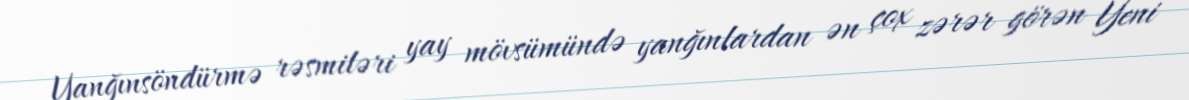
Yanğınsöndürmə rəsmiləri yay mövsümündə yanğınlardan ən çox zərər görən Yeni